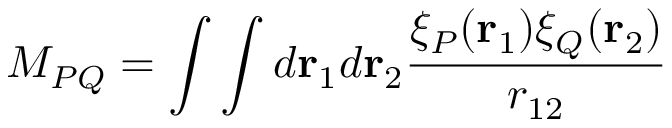
M _ { P Q } = \int \int d \mathbf { r } _ { 1 } d \mathbf { r } _ { 2 } \frac { \xi _ { P } ( \mathbf { r } _ { 1 } ) \xi _ { Q } ( \mathbf { r } _ { 2 } ) } { r _ { 1 2 } }